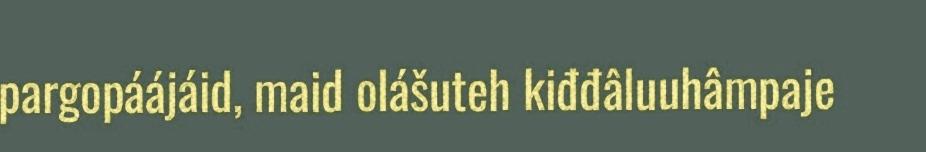
pargopáájáid, maid olášuteh kiđđâluuhâmpaje